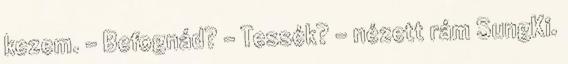
kezem. - Befognád? - Tessék? - nézett rám SungKi.